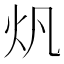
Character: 𤆘